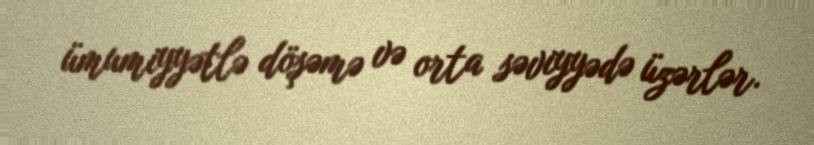
ümumiyyətlə döşəmə və orta səviyyədə üzərlər.